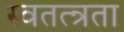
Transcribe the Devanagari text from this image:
स्वतत्न्रता